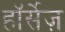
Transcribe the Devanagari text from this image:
हॉर्सेज़